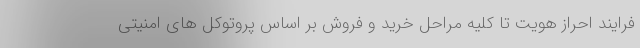
فرایند احراز هویت تا کلیه مراحل خرید و فروش بر اساس پروتوکل های امنیتی